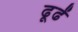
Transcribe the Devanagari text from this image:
ढूढें